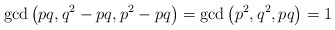
\begin{align*}\gcd \left(pq, q^2 - pq,p^2 - pq \right)= \gcd \left( p^2, q^2, pq \right) = 1\end{align*}